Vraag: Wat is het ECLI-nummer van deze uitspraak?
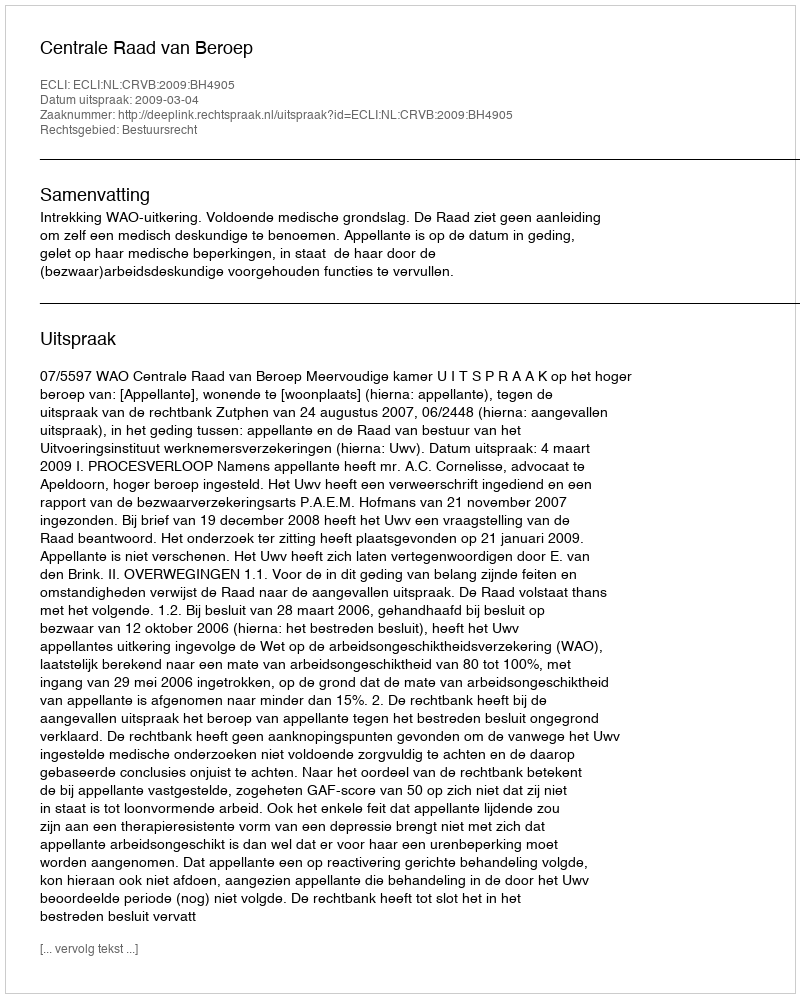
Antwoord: ECLI:NL:CRVB:2009:BH4905